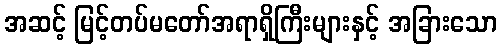
အဆင့် မြင့်တပ်မတော်အရာရှိကြီးများနှင့် အခြားသော